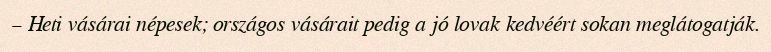
– Heti vásárai népesek; országos vásárait pedig a jó lovak kedvéért sokan meglátogatják.